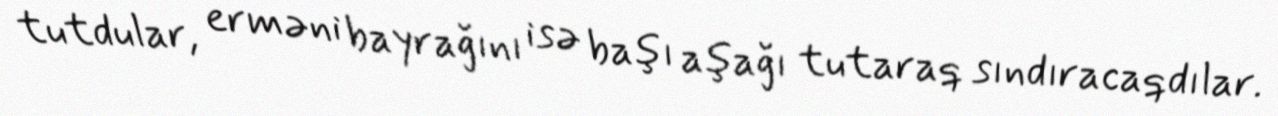
tutdular, erməni bayrağını isə başı aşağı tutaraq sındıracaqdılar.